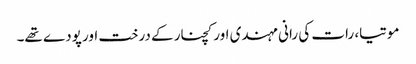
موتیا، رات کی رانی مہندی اور کچنار کے درخت اور پودے تھے۔